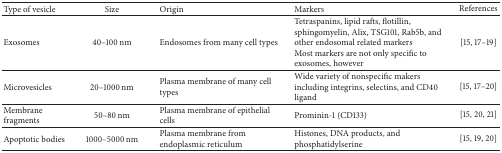
<table><thead><tr><td><b>Type of vesicle</b></td><td><b>Size</b></td><td><b>Origin</b></td><td><b>Markers</b></td><td><b>References</b></td></tr></thead><tbody><tr><td>Exosomes</td><td>40–100 nm</td><td>Endosomes from many cell types</td><td>Tetraspanins, lipid rafts, flotillin, sphingomyelin, Alix, TSG101, Rab5b, and other endosomal related markers Most markers are not only specific to exosomes, however</td><td>[15, 17–19]</td></tr><tr><td>Microvesicles</td><td>20–1000 nm</td><td>Plasma membrane of many cell types</td><td>Wide variety of nonspecific makers including integrins, selectins, and CD40 ligand</td><td>[15, 17–20]</td></tr><tr><td>Membrane fragments</td><td>50–80 nm</td><td>Plasma membrane of epithelial cells</td><td>Prominin-1 (CD133)</td><td>[15, 20, 21]</td></tr><tr><td>Apoptotic bodies</td><td>1000–5000 nm</td><td>Plasma membrane from endoplasmic reticulum</td><td>Histones, DNA products, and phosphatidylserine</td><td>[15, 19, 20]</td></tr></tbody></table>